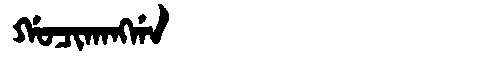
Manchu: ᡤᠣᠴᡳᡴᠠᠩᡤᠠ
Romanization: GOCIKANGGA